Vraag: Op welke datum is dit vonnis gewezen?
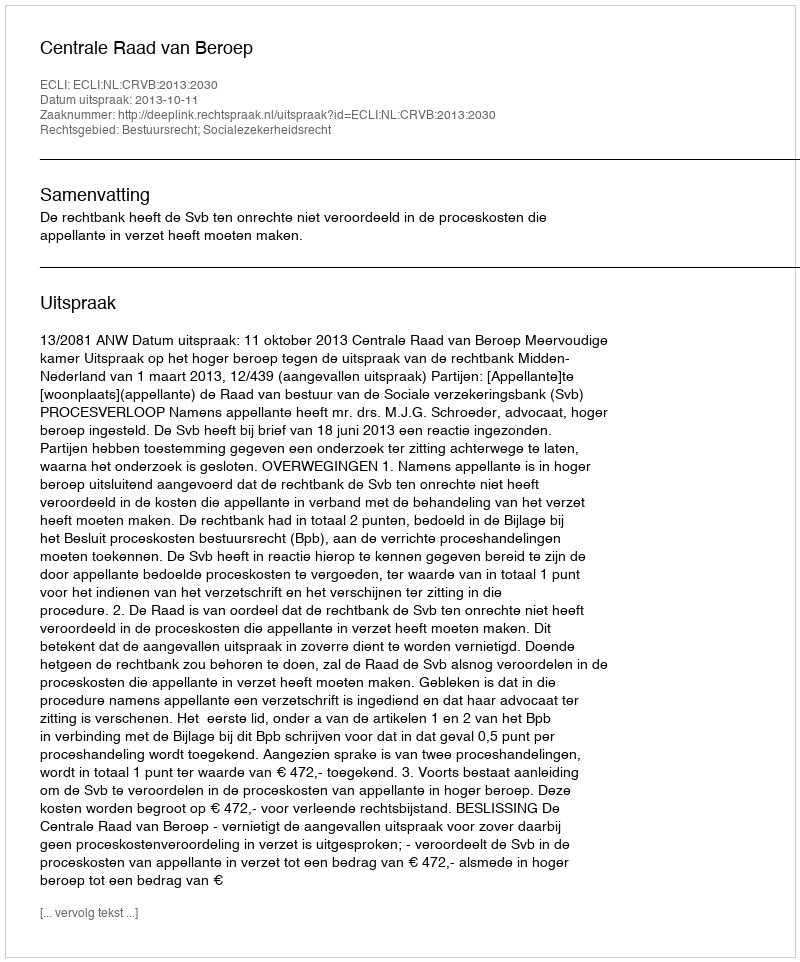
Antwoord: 2013-10-11